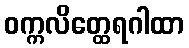
ဝက္ကလိတ္ထေရဂါထာ